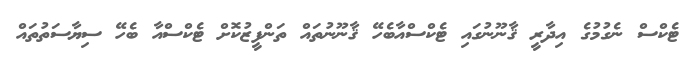
ޓެކްސް ނެގުމުގެ އިދާރީ ޤާނޫނުގައި ޓެކްސްއާބެހޭ ޤާނޫނުތައް ތަންފީޒުކޮށް ޓެކްސްއާ ބެހޭ ސިޔާސަތުތައް